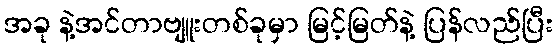
အခု နဲ့အင်တာဗျူးတစ်ခုမှာ မြင့်မြတ်နဲ့ ပြန်လည်ပြီး